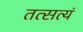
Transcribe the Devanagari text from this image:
तत्सत्यं